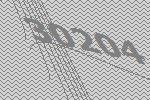
30204